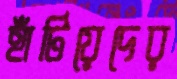
হাঁটিয়েদের